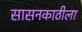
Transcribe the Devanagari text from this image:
सासनकाठीला